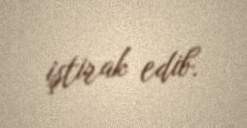
iştirak edib.